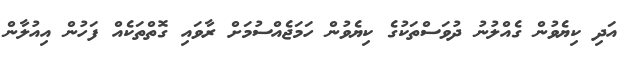
އަދި ކިޔެވުން ގެއްލުނު ދުވަސްތަކުގެ ކިޔެވުން ހަމަޖެއްސުމަށް ރާވައި ގޮތްތަކެއް ފަހުން އިއުލާން